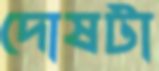
দোষটা